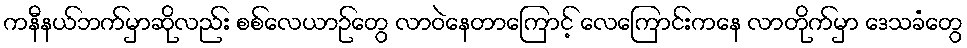
ကနီနယ်ဘက်မှာဆိုလည်း စစ်လေယာဉ်တွေ လာဝဲနေတာကြောင့် လေကြောင်းကနေ လာတိုက်မှာ ဒေသခံတွေ